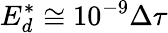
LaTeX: E_{d}^{*}\cong 10^{-9}\Delta\tau